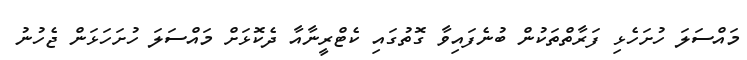
މައްސަލަ ހުށަހެޅި ފަރާތްތަކުން ބުނެފައިވާ ގޮތުގައި ކެޓްރީނާއާ ދެކޮޅަށް މައްސަލަ ހުށަހަޅަން ޖެހުނު